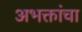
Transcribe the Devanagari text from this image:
अभक्तांचा